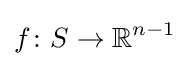
f\colon S\to \mathbb {R} ^{n-1}